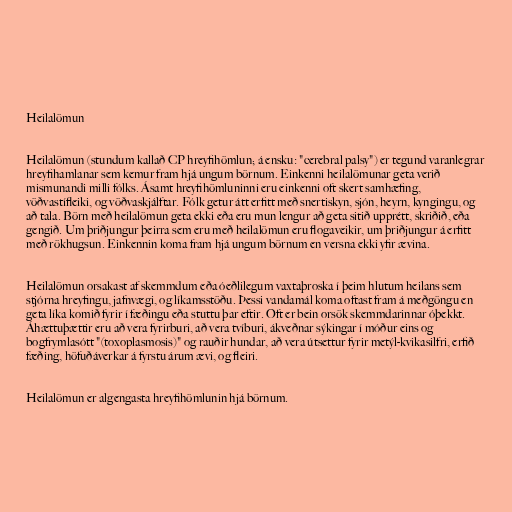
Heilalömun

Heilalömun (stundum kallað CP hreyfihömlun; á ensku: "cerebral palsy") er tegund varanlegrar
hreyfihamlanar sem kemur fram hjá ungum börnum. Einkenni heilalömunar geta verið
mismunandi milli fólks. Ásamt hreyfihömluninni eru einkenni oft skert samhæfing,
vöðvastífleiki, og vöðvaskjálftar. Fólk getur átt erfitt með snertiskyn, sjón, heyrn, kyngingu, og
að tala. Börn með heilalömun geta ekki eða eru mun lengur að geta sitið upprétt, skriðið, eða
gengið. Um þriðjungur þeirra sem eru með heilalömun eru flogaveikir, um þriðjungur á erfitt
með rökhugsun. Einkennin koma fram hjá ungum börnum en versna ekki yfir ævina.

Heilalömun orsakast af skemmdum eða óeðlilegum vaxtaþroska í þeim hlutum heilans sem
stjórna hreyfingu, jafnvægi, og líkamsstöðu. Þessi vandamál koma oftast fram á meðgöngu en
geta líka komið fyrir í fæðingu eða stuttu þar eftir. Oft er bein orsök skemmdarinnar óþekkt.
Áhættuþættir eru að vera fyrirburi, að vera tvíburi, ákveðnar sýkingar í móður eins og
bogfrymlasótt "(toxoplasmosis)" og rauðir hundar, að vera útsettur fyrir metýl-kvikasilfri, erfið
fæðing, höfuðáverkar á fyrstu árum ævi, og fleiri.

Heilalömun er algengasta hreyfihömlunin hjá börnum.